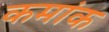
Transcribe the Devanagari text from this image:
कमांक